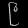
Digit: ၉